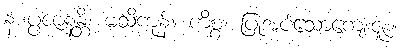
န ပ္ပဇာနန္တိ၊ မသိကုန်။ ကိစ္စံ၊ ပြုအပ်သောကျေးဇူး။